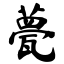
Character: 甍